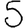
Digit: 5